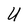
Character: U